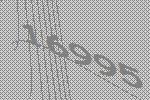
16995